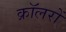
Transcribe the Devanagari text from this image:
क्रॉलरों